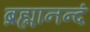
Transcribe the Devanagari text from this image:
ब्रह्मानन्दं